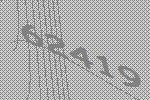
62419